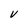
Character: V